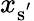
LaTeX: x_{\mathrm{{s}^{'}}}